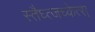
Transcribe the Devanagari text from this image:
स्तैघ्त्जच्केत्स्